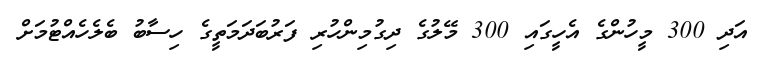
އަދި 300 މީހުންގެ އެހީގައި 300 މޭލުގެ ދިގުމިންހުރި ފަރުބަދަމަތީގެ ހިސާބު ބެލެހެއްޓުމަށް